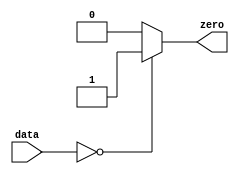
`timescale 1ns / 1ps
//////////////////////////////////////////////////////////////////////////////////
// Company: 
// Engineer: 
// 
// Design Name: 
// Module Name: Zero
// Project Name: 
// Target Devices: 
// Tool Versions: 
// Description: 
// 
// Dependencies: 
// 
// Revision:
// Revision 0.01 - File Created
// Additional Comments:
// 
//////////////////////////////////////////////////////////////////////////////////


module Zero(
    input [31:0] data,
    output reg zero
    );

    initial begin
        zero <= 0;
    end

    always@(*)begin
        zero <= (data == 32'h00000000)? 1: 0;
    end

endmodule